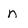
Character: n